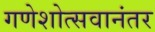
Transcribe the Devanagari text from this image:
गणेशोत्सवानंतर